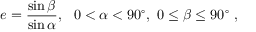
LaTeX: e = { \frac { \sin \beta } { \sin \alpha } } , \ \ 0 < \alpha < 9 0 ^ { \circ } , \ 0 \leq \beta \leq 9 0 ^ { \circ } \ ,